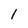
Character: 1